画像に写った文字を読んでください
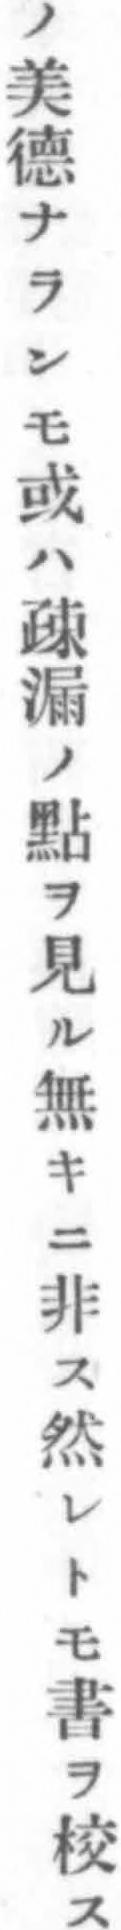
「ノ美德ナランモ或ハ疎漏ノ點ヲ見ル無キニ非ス然レトモ書ヲ校ス」と書いてあります